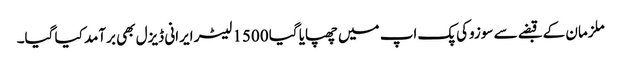
ملزمان کے قبضے سے سوزوکی پک اپ میں چھپایا گیا 1500 لیٹر ایرانی ڈیزل بھی برآمد کیا گیا۔